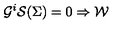
\mathcal { G } ^ { i } \mathcal { S } ( \Sigma ) = 0 \Rightarrow \mathcal { W }